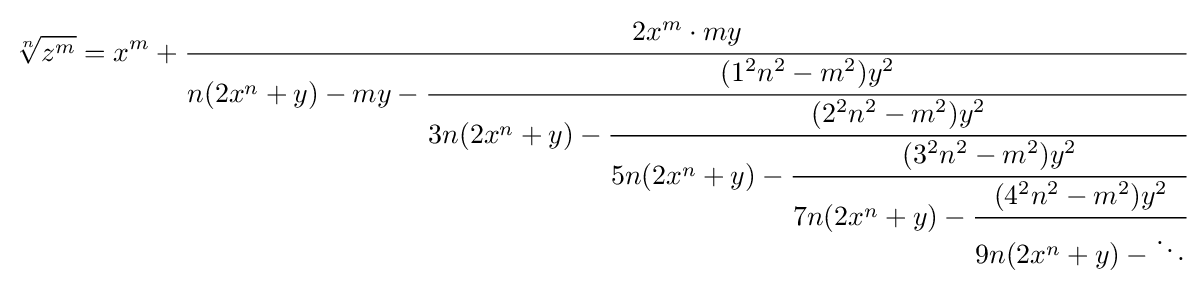
{\sqrt[{n}]{z^{m}}}=x^{m}+{\cfrac {2x^{m}\cdot my}{n(2x^{n}+y)-my-{\cfrac {(1^{2}n^{2}-m^{2})y^{2}}{3n(2x^{n}+y)-{\cfrac {(2^{2}n^{2}-m^{2})y^{2}}{5n(2x^{n}+y)-{\cfrac {(3^{2}n^{2}-m^{2})y^{2}}{7n(2x^{n}+y)-{\cfrac {(4^{2}n^{2}-m^{2})y^{2}}{9n(2x^{n}+y)-\ddots }}}}}}}}}}